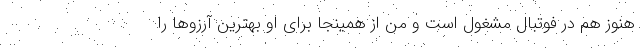
هنوز هم در فوتبال مشغول است و من از همینجا برای او بهترین آرزوها را